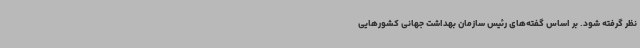
نظر گرفته شود. بر اساس گفته‌های رئیس سازمان بهداشت جهانی کشورهایی